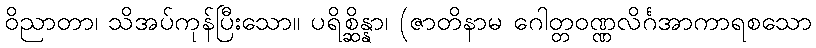
ဝိညာတာ၊ သိအပ်ကုန်ပြီးသော။ ပရိစ္ဆိန္နာ၊ (ဇာတိနာမ ဂေါတ္တဝဏ္ဏလိင်္ဂအာကာရစသော